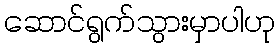
ဆောင်ရွက်သွားမှာပါဟု